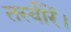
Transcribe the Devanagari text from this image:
तस्वीरें।